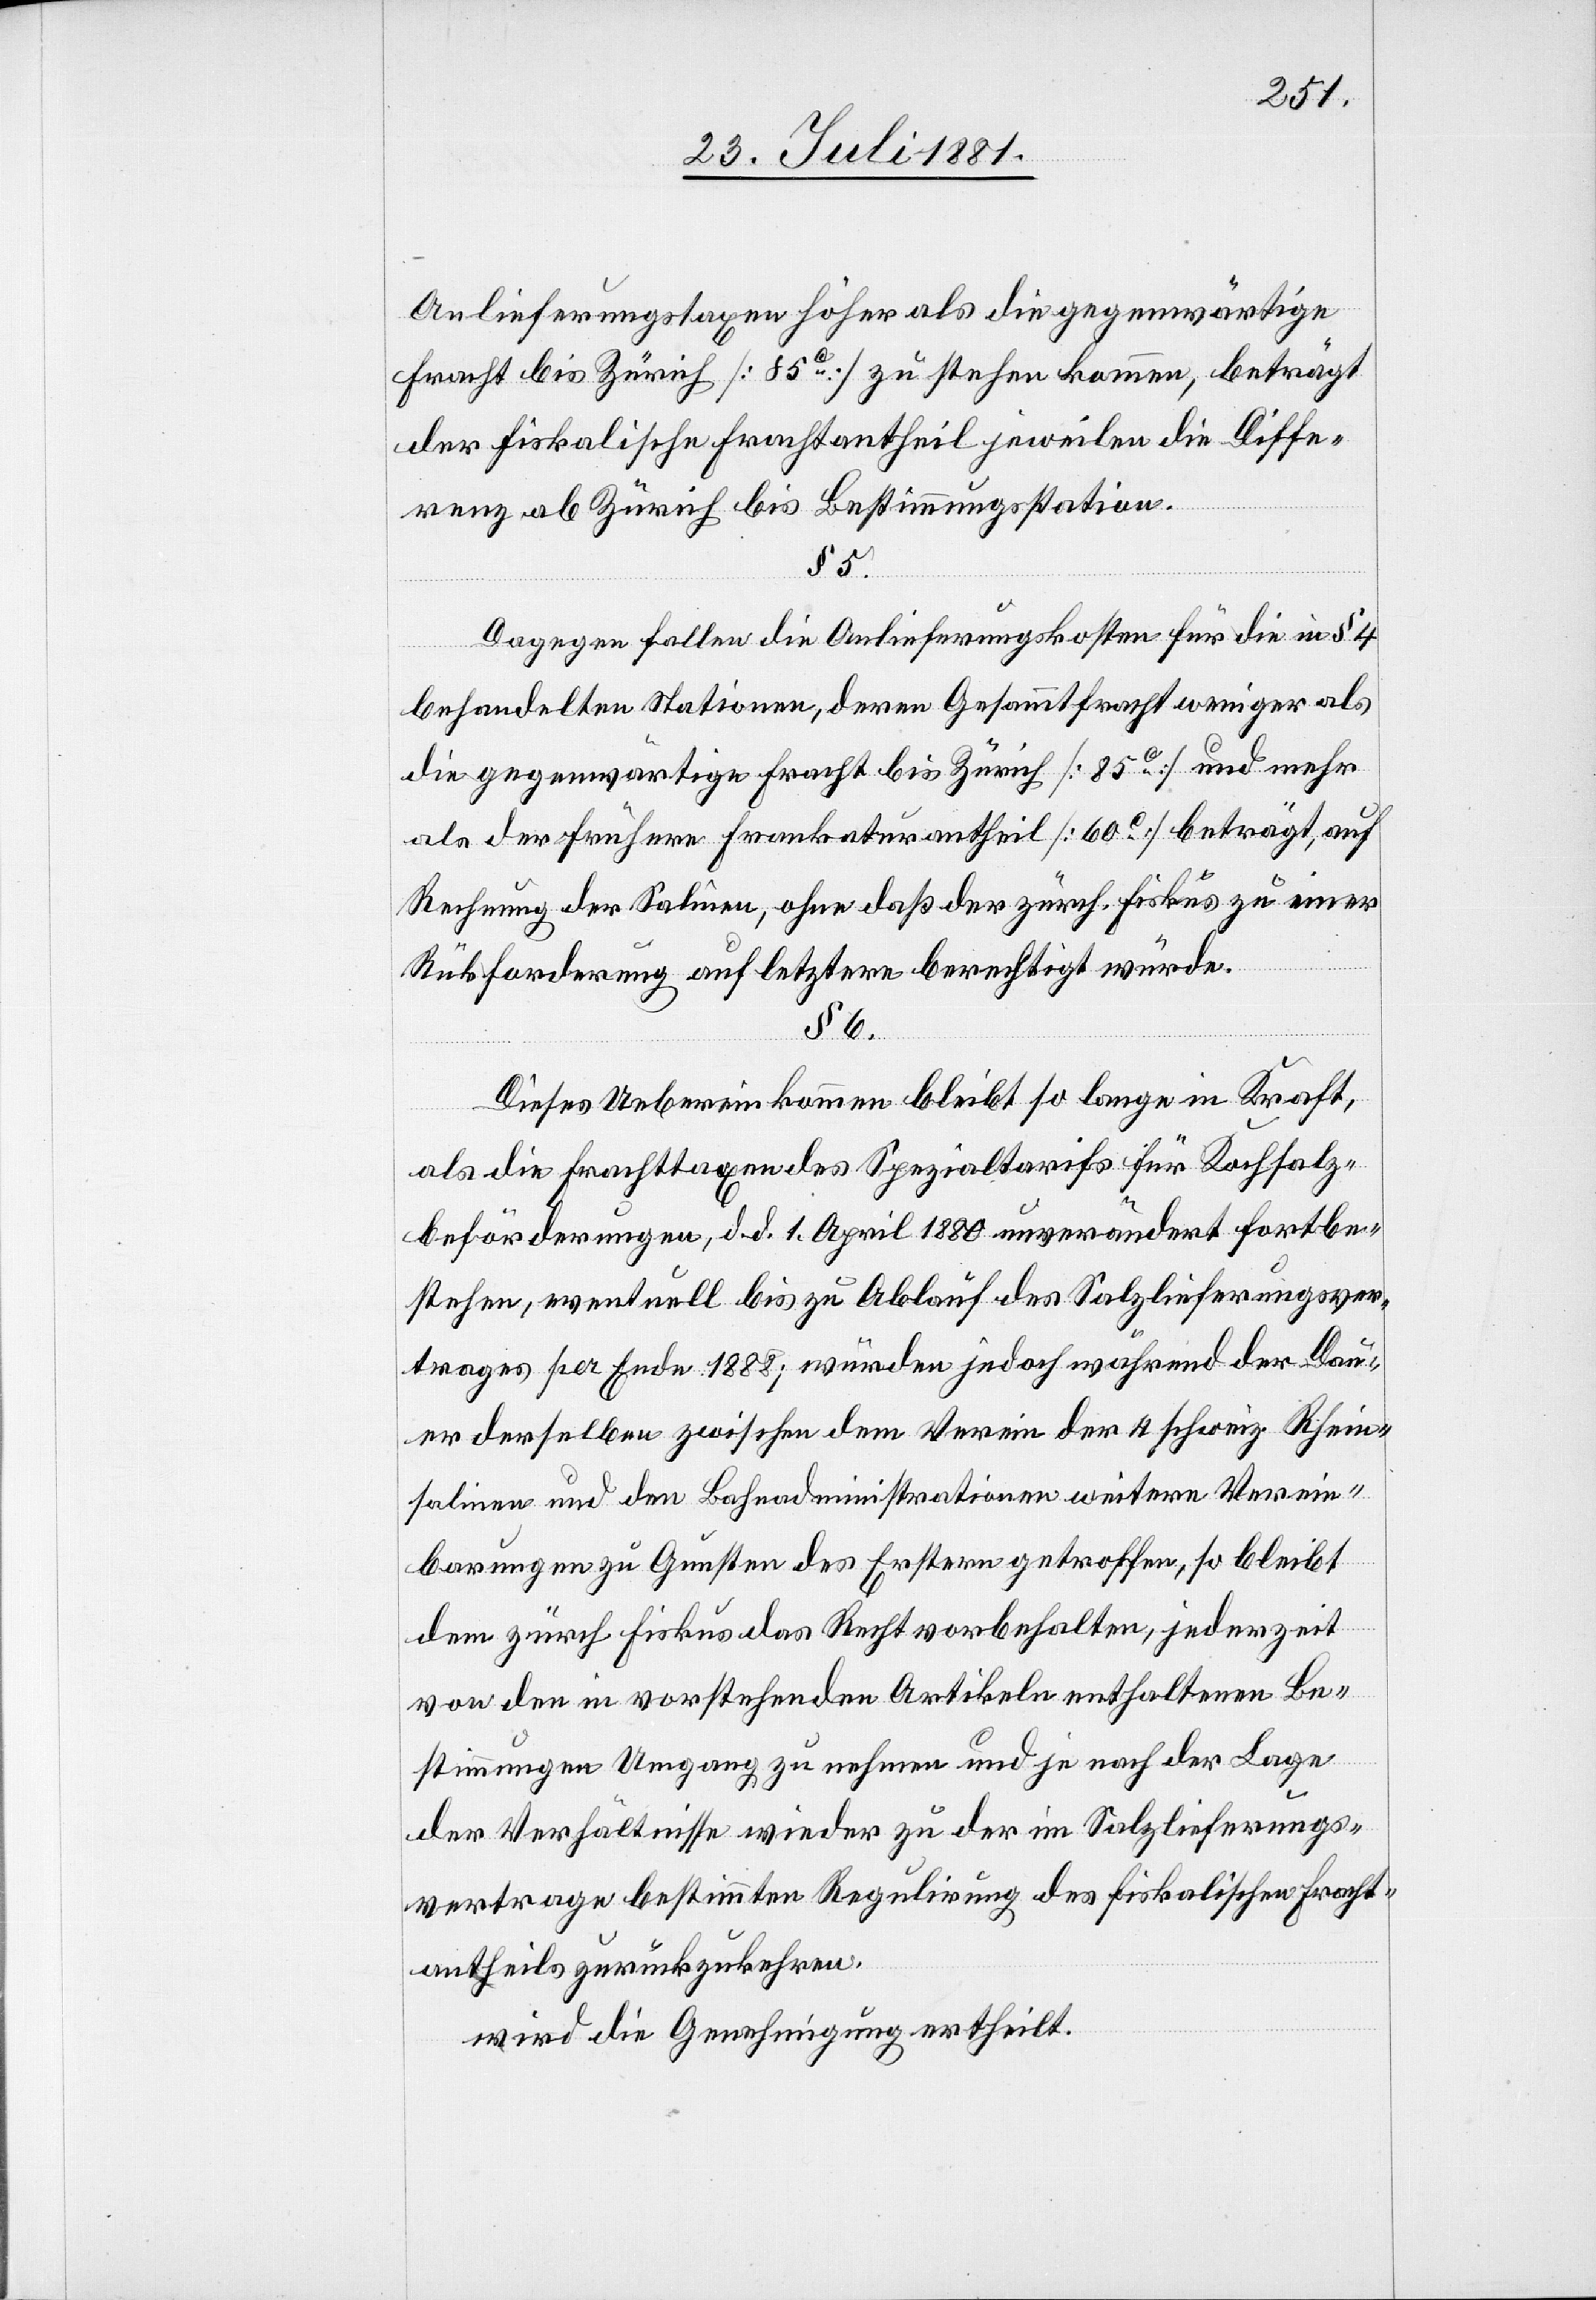
Anlieferungstaxen höher als die gegenwärtige
Fracht bis Zürich [85c] zu stehen kommen, beträgt
der fiskalische Frachtantheil jeweilen die Diffe¬
renz ab Zürich bis Bestimmungsstation.
§ 5.
Dagegen fallen die Anlieferungskosten für die in § 4
behandelten Stationen, deren Gesammtfracht weniger als
die gegenwärtige Fracht bis Zürich [85c] und mehr
als der frühere Frankaturantheil [60c] beträgt, auf
Rechnung der Salinen, ohne daß der zürch. Fiskus zu einer
Rückforderung auf letztern berechtigt würde.
§ 6.
Dieses Uebereinkommen bleibt so lange in Kraft,
als die Frachttaxen des Spezialtarifs für Kochsalz¬
beförderungen, d. d. 1. April 1880 unverändert fortbe¬
stehen, eventuell bis zu Ablauf des Salzlieferungsver¬
trages per Ende 1888; würden jedoch während der Dau¬
er derselben zwischen dem Verein der 4 schweiz. Rhein¬
salinen und den Bahnadministrationen weitere Verein¬
barungen zu Gunsten des Erstern getroffen, so bleibt
dem zürch. Fiskus das Recht vorbehalten, jederzeit
von den in vorstehenden Artikeln enthaltenen Be¬
stimmungen Umgang zu nehmen und je nach der Lage
der Verhältnisse wieder zu der im Salzlieferungs¬
vertrage bestimmten Regulirung des fiskalischen Fracht¬
antheils zurückzukehren.
wird die Genehmigung ertheilt.